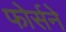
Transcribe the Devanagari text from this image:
फोर्सने